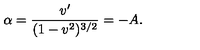
\alpha = \frac { v ^ { \prime } } { ( 1 - v ^ { 2 } ) ^ { 3 / 2 } } = - A .